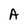
Character: A